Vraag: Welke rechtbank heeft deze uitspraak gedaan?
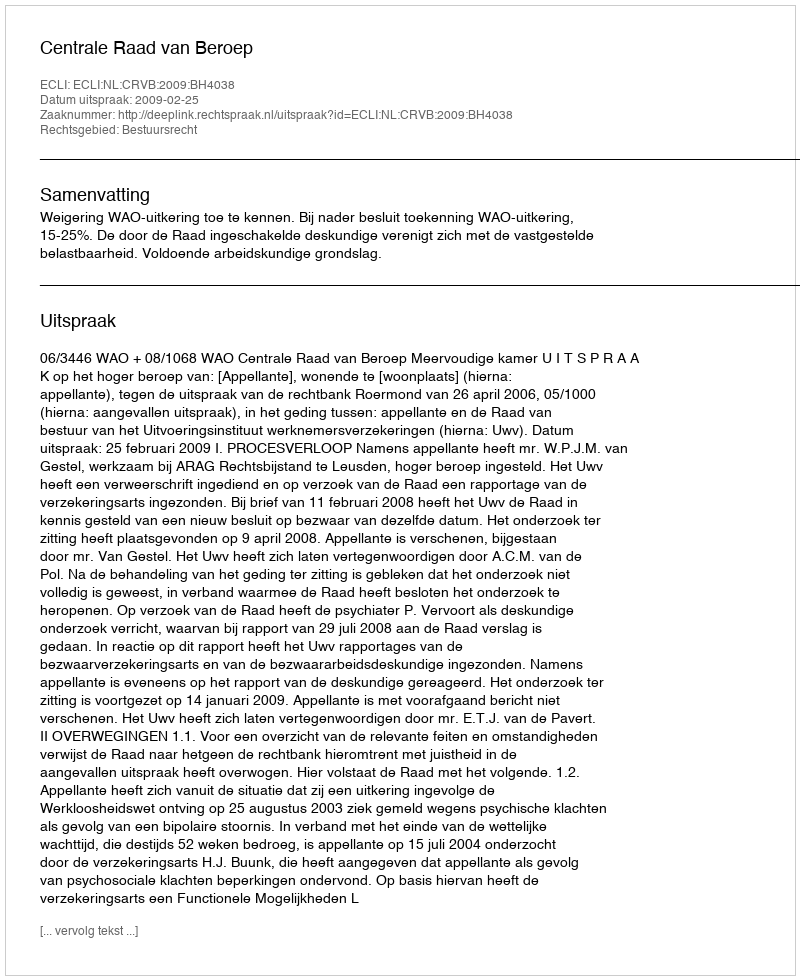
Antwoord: Centrale Raad van Beroep